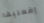
إفعليها